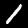
Label: 1